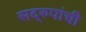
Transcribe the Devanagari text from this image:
सद्‌रुपांची